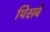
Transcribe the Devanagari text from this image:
थिसबे